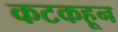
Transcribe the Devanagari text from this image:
कटकहून